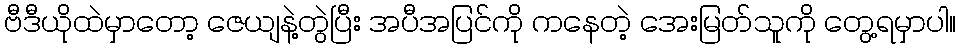
ဗီဒီယိုထဲမှာတော့ ဇေယျနဲ့တွဲပြီး အပီအပြင်ကို ကနေတဲ့ အေးမြတ်သူကို တွေ့ရမှာပါ။